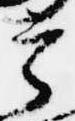
宰